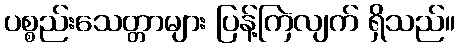
ပစ္စည်းသေတ္တာများ ပြန့်ကြဲလျက် ရှိသည်။